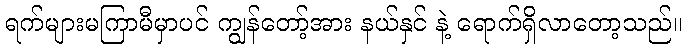
ရက်များမကြာမီမှာပင် ကျွန်တော့်အား နယ်နှင် နဲ့ ရောက်ရှိလာတော့သည်။